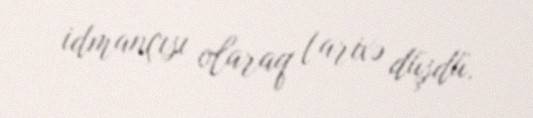
idmançısı olaraq tarixə düşdü.